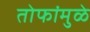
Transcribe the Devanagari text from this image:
तोफांमुळे